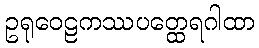
ဥရုဝေဠကဿပတ္ထေရဂါထာ